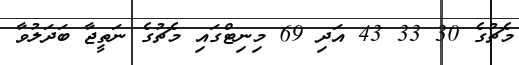
މެޗުގެ 30 33 43 އަދި 69 މިނިޓްގައި މެޗުގެ ނަތީޖާ ބަދަލުވާ